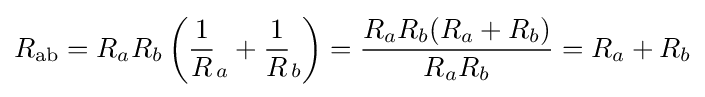
R_{\mathrm {ab} }=R_{a}R_{b}\left({\frac {1}{R}}_{a}+{\frac {1}{R}}_{b}\right)={\frac {R_{a}R_{b}(R_{a}+R_{b})}{R_{a}R_{b}}}=R_{a}+R_{b}